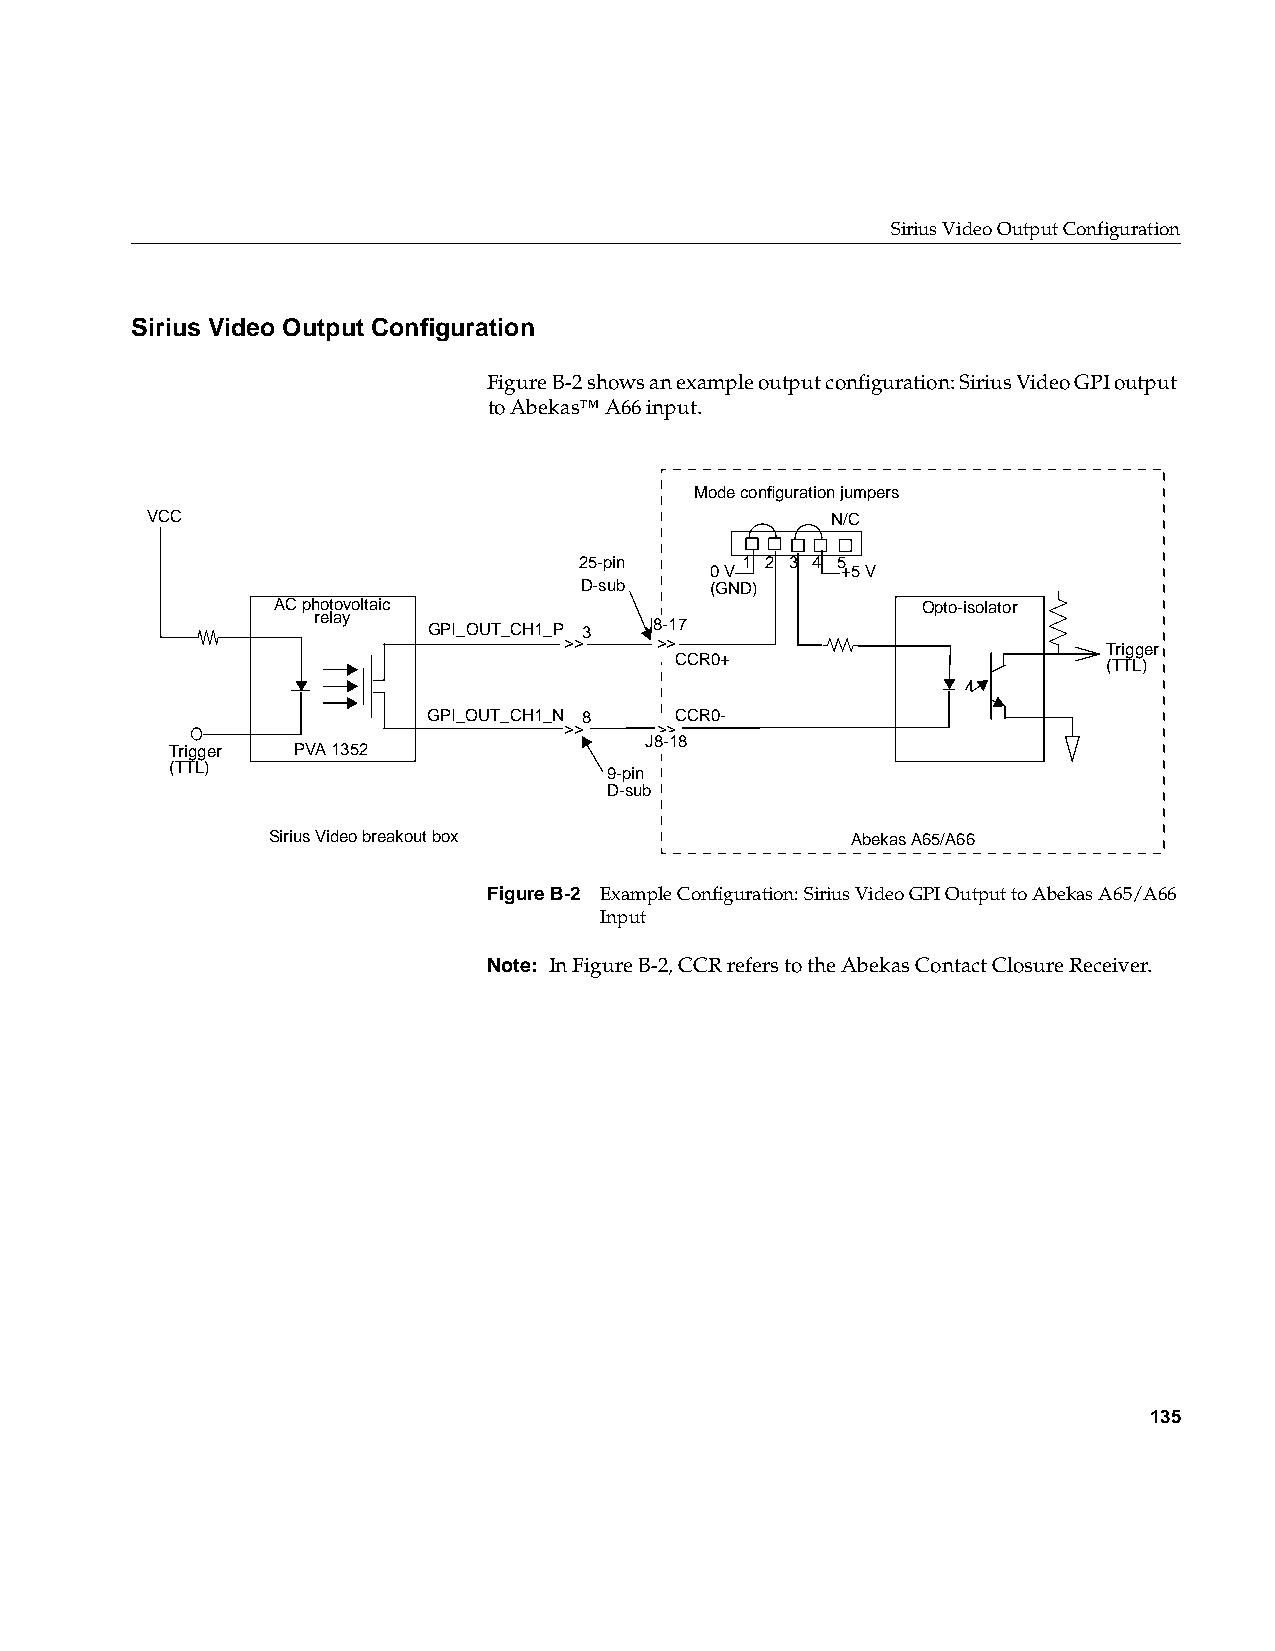
Sirius Video Output Configuration
 Sirius Video Output Configuration
 FigureB-2 shows an example output configuration: Sirius Video GPI output
 to Abekas™ A66 input.
 Mode configuration jumpers
 VCC                                          N/C
 25-pin     1 2 3 4 5
 0 V      +5 V
 D-sub    (GND)
 AC photovoltaic                            Opto-isolator
 relay
 GPI_OUT_CH1_P 3 J8-17
 >>    >>
 Trigger
 CCR0+
 (TTL)
 GPI_OUT_CH1_N 8  CCR0-
 >>    >>
 J8-18
 Trigger PVA 1352
 (TTL)                        9-pin
 D-sub
 Sirius Video breakout box             Abekas A65/A66
 FigureB-2 Example Configuration: Sirius Video GPI Output to Abekas A65/A66
 Input
 Note: In FigureB-2, CCR refers to the Abekas Contact Closure Receiver.
 135